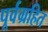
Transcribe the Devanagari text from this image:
पूर्वग्रहित